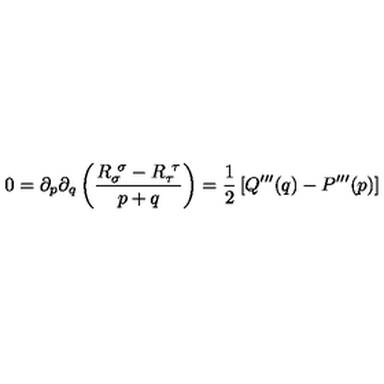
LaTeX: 0 = \partial _ { p } \partial _ { q } \left( { \frac { R _ { \sigma } ^ { \ \sigma } - R _ { \tau } ^ { \ \tau } } { p + q } } \right) = { \frac { 1 } { 2 } } \left[ Q ^ { \prime \prime \prime } ( q ) - P ^ { \prime \prime \prime } ( p ) \right]